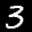
Label: 3